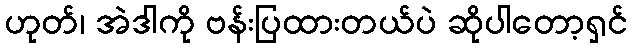
ဟုတ်၊ အဲဒါကို ဗန်းပြထားတယ်ပဲ ဆိုပါတော့ရှင်